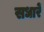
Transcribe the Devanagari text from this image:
सधारें